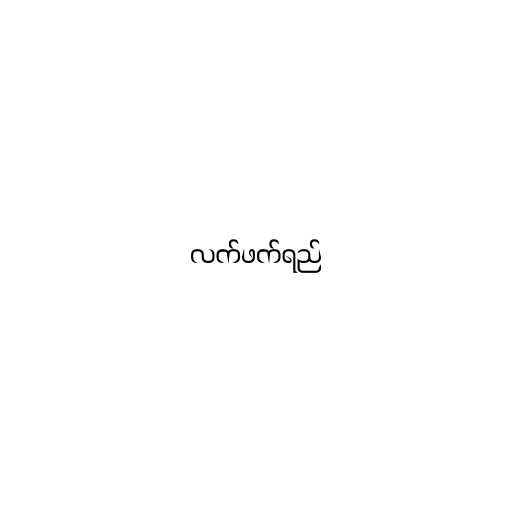
လက်ဖက်ရည်